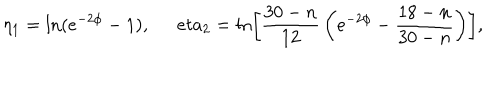
\eta _ { 1 } = \ln ( e ^ { - 2 \phi } - 1 ) , \ \, e t a _ { 2 } = \ln \left[ \frac { 3 0 - n } { 1 2 } \, \left( e ^ { - 2 \phi } - \frac { 1 8 - n } { 3 0 - n } \right) \right] ,